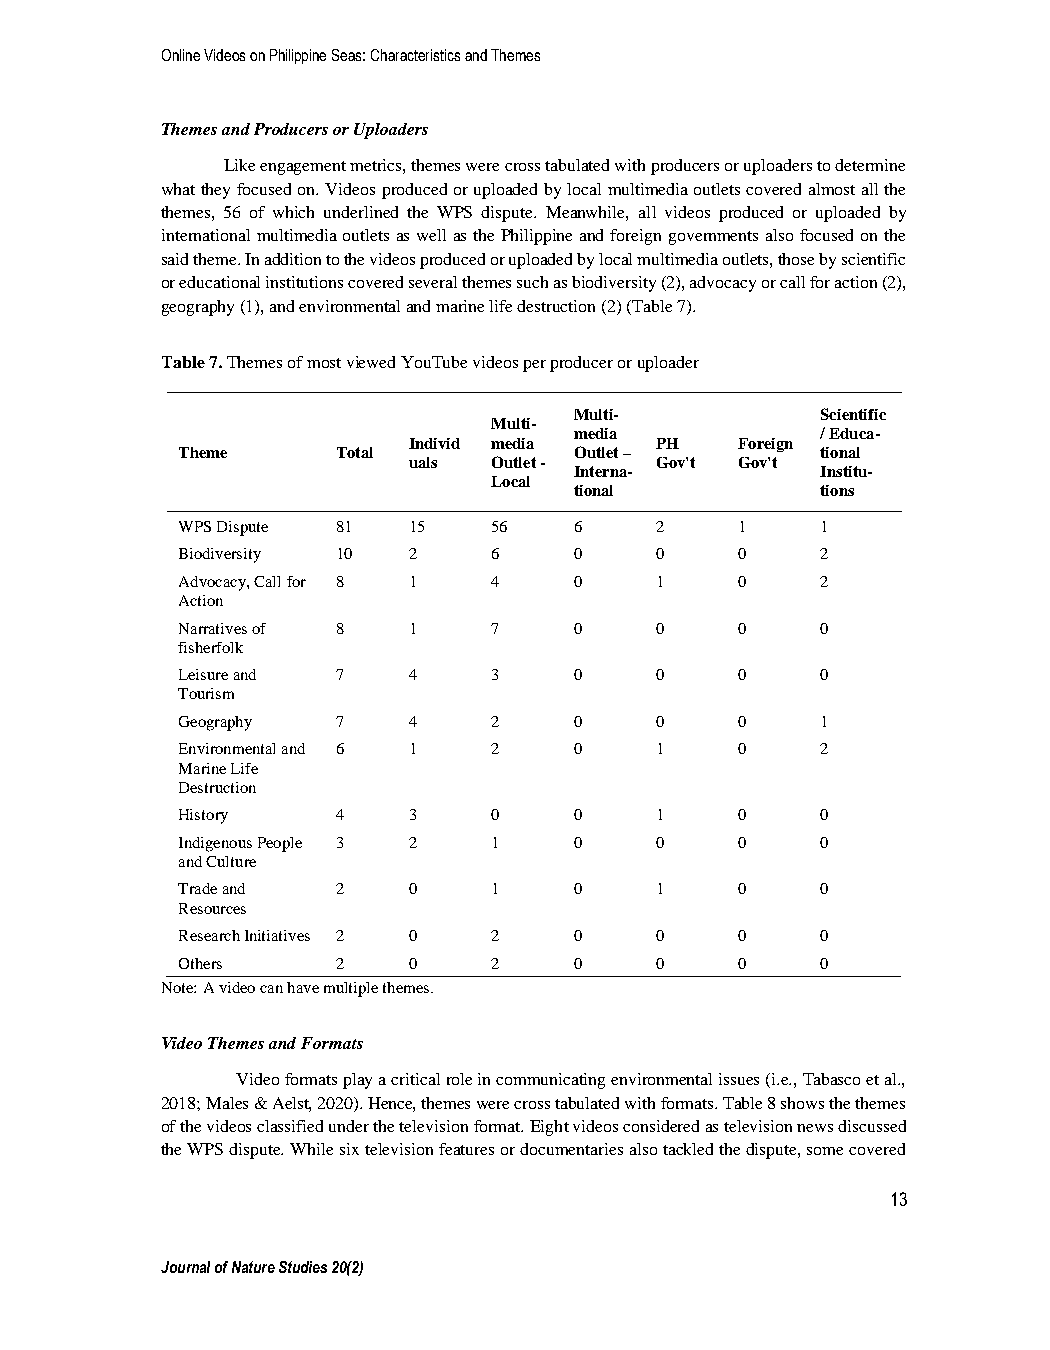
Online Videos on Philippine Seas: Characteristics and Themes
 Themes and Producers or Uploaders
 Like engagement metrics, themes were cross tabulated with producers or uploaders to determine
 what they focused on. Videos produced or uploaded by local multimedia outlets covered almost all the
 themes, 56 of which underlined the WPS dispute. Meanwhile, all videos produced or uploaded by
 international multimedia outlets as well as the Philippine and foreign governments also focused on the
 said theme. In addition to the videos produced or uploaded by local multimedia outlets, those by scientific
 or educational institutions covered several themes such as biodiversity (2), advocacy or call for action (2),
 geography (1), and environmental and marine life destruction (2) (Table 7).
 Table 7. Themes of most viewed YouTube videos per producer or uploader
 Multi-          Scientific
 Multi-
 media           / Educa-
 Individ media   PH    Foreign
 Theme     Total           Outlet –        tional
 uals  Outlet -  Gov't Gov't
 Interna-        Institu-
 Local
 tional          tions
 WPS Dispute 81 15    56   6    2     1    1
 Biodiversity 10 2    6    0    0     0    2
 Advocacy, Call for 8 1 4  0    1     0    2
 Action
 Narratives of 8 1    7    0    0     0    0
 fisherfolk
 Leisure and 7  4     3    0    0     0    0
 Tourism
 Geography 7    4     2    0    0     0    1
 Environmental and 6 1 2   0    1     0    2
 Marine Life
 Destruction
 History   4    3     0    0    1     0    0
 Indigenous People 3 2 1   0    0     0    0
 and Culture
 Trade and 2    0     1    0    1     0    0
 Resources
 Research Initiatives 2 0 2 0   0     0    0
 Others    2    0     2    0    0     0    0
 Note: A video can have multiple themes.
 Video Themes and Formats
 Video formats play a critical role in communicating environmental issues (i.e., Tabasco et al.,
 2018; Males & Aelst, 2020). Hence, themes were cross tabulated with formats. Table 8 shows the themes
 of the videos classified under the television format. Eight videos considered as television news discussed
 the WPS dispute. While six television features or documentaries also tackled the dispute, some covered
 13
 Journal of Nature Studies 20(2)